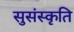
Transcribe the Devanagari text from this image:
सुसंस्कृति